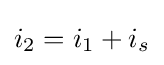
i_{2}=i_{1}+i_{s}